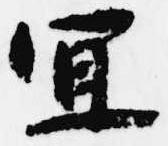
宜